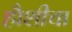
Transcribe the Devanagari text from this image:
हौशीचा